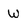
Character: W